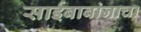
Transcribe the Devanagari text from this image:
साईबाबांनाचा